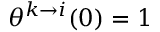
\theta ^ { k \to i } ( 0 ) = 1